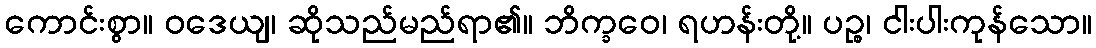
ကောင်းစွာ။ ဝဒေယျ၊ ဆိုသည်မည်ရာ၏။ ဘိက္ခဝေ၊ ရဟန်းတို့။ ပဉ္စ၊ ငါးပါးကုန်သော။